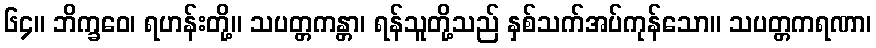
၆၄။ ဘိက္ခဝေ၊ ရဟန်းတို့။ သပတ္တကန္တာ၊ ရန်သူတို့သည် နှစ်သက်အပ်ကုန်သော။ သပတ္တကရဏာ၊